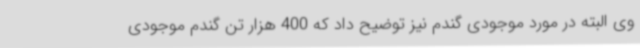
وی البته در مورد موجودی گندم نیز توضیح داد که 400 هزار تن گندم موجودی